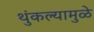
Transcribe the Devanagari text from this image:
थुंकल्यामुळे